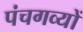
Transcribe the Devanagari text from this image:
पंचगव्यों